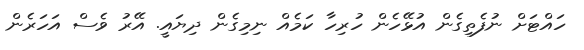
ހައްޓަށް ނުފެތިގެން އުޅޭހެން ހުރިހާ ކަމެއް ނިމިގެން ދިޔައީ. އޭރު ވެސް އަހަރެން